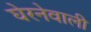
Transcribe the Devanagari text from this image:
घेरनेवाली